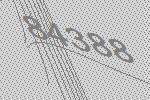
84388